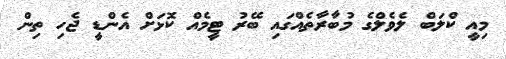
މިއީ ކްލަބް ލެވެލްގެ މުބާރާތެއްގައި ބޭރު ޓީމެއް ކޮޅަށް އެންޑީ ޖެހި ތިން